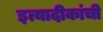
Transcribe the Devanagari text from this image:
इत्यादीकांची